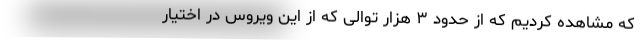
که مشاهده کردیم که از حدود ۳ هزار توالی که از این ویروس در اختیار